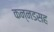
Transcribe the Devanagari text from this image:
कन्नडसह